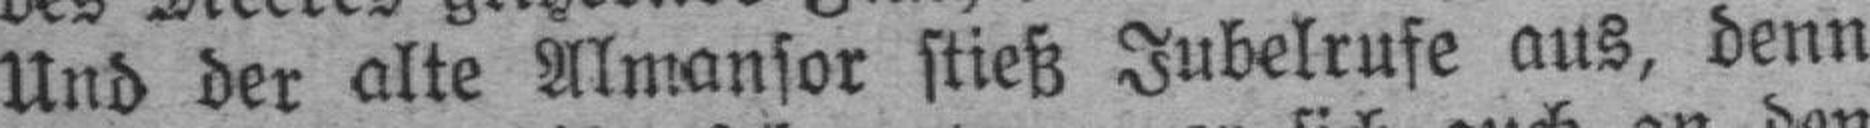
Und der alte Almansor stieß Jubelrufe aus, denn